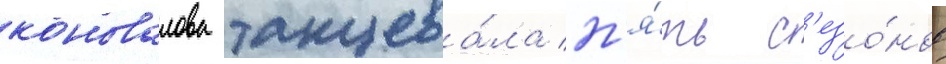
коновалова танцева́ла п'я́ть с'езо́нов